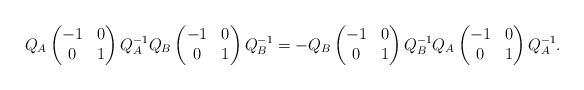
\begin{align*}Q_A\begin{pmatrix}-1 & 0 \\0 & 1\end{pmatrix}Q_A^{-1}Q_B\begin{pmatrix}-1 & 0 \\0 & 1\end{pmatrix}Q_B^{-1}=-Q_B\begin{pmatrix}-1 & 0 \\0 & 1\end{pmatrix}Q_B^{-1}Q_A\begin{pmatrix}-1 & 0 \\0 & 1\end{pmatrix}Q_A^{-1}.\end{align*}